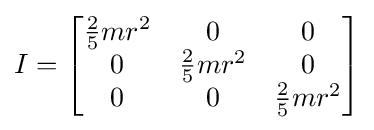
I={\begin{bmatrix}{\frac {2}{5}}mr^{2}&0&0\\0&{\frac {2}{5}}mr^{2}&0\\0&0&{\frac {2}{5}}mr^{2}\end{bmatrix}}